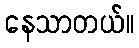
နေသာတယ်။